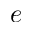
e